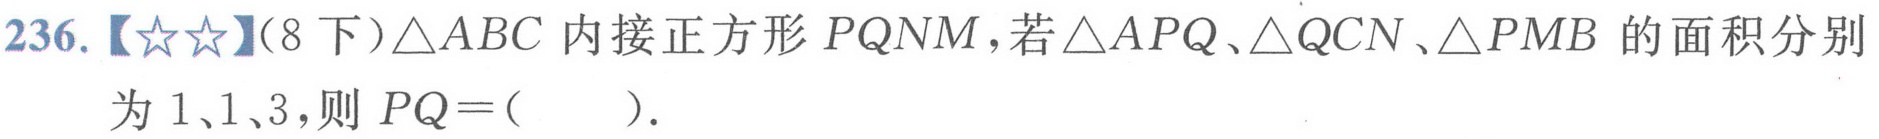
236.【★★】(8下)\(\triangle ABC\) 内接正方形 \(PQNM\)，若\(\triangle APQ\)、\(\triangle QCN\)、\(\triangle PMB\) 的面积分别为 \(1\)、\(1\)、\(3\)，则 \(PQ = (\ \ \ \ \ )\).